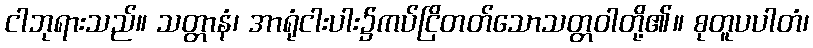
ငါဘုရားသည်။ သတ္တာနံ၊ အာရုံငါးပါး၌ကပ်ငြိတတ်သောသတ္တဝါတို့၏။ စုတူပပါတံ၊